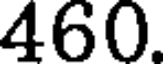
460.